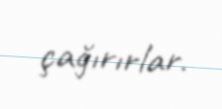
çağırırlar.